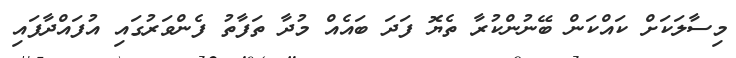
މިސާލަކަށް ކައްކަން ބޭނުންކުރާ ތެޔޮ ފަދަ ބައެއް މުދާ ތަފާތު ފެންވަރުގައި އުފައްދާފައި